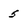
Character: 5